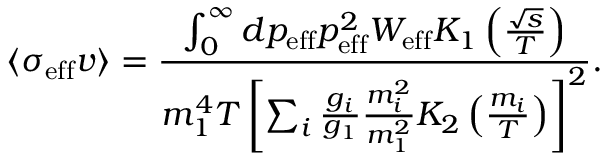
\langle \sigma _ { \mathrm { { e f f } } } v \rangle = \frac { \int _ { 0 } ^ { \infty } d p _ { \mathrm { e f f } } p _ { \mathrm { { e f f } } } ^ { 2 } W _ { \mathrm { e f f } } K _ { 1 } \left( \frac { \sqrt { s } } { T } \right) } { m _ { 1 } ^ { 4 } T \left[ \sum _ { i } \frac { g _ { i } } { g _ { 1 } } \frac { m _ { i } ^ { 2 } } { m _ { 1 } ^ { 2 } } K _ { 2 } \left( \frac { m _ { i } } { T } \right) \right] ^ { 2 } } .